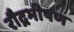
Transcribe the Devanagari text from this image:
रौद्रभीषण